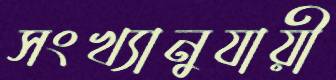
সংখ্যানুযায়ী